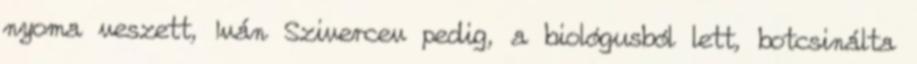
nyoma veszett, Iván Szivercev pedig, a biológusból lett, botcsinálta